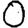
Digit: 0